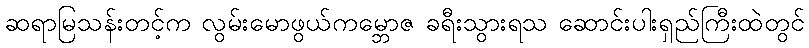
ဆရာမြသန်းတင့်က လွမ်းမောဖွယ်ကမ္ဘောဇ ခရီးသွားရသ ဆောင်းပါးရှည်ကြီးထဲတွင်